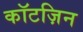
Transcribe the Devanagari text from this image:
कॉटज़िन